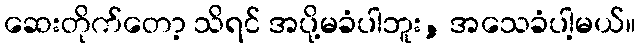
ဆေးတိုက်တော့ သိရင် အပို့မခံပါဘူး, အသေခံပါ့မယ်။